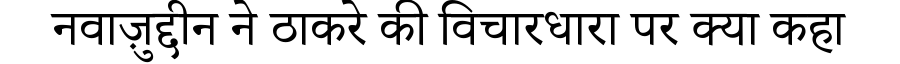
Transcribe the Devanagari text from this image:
नवाज़ुद्दीन ने ठाकरे की विचारधारा पर क्या कहा